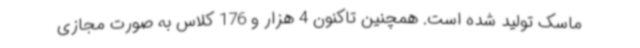
ماسک تولید شده است. همچنین تاکنون 4 هزار و 176 کلاس به صورت مجازی